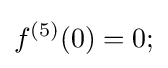
f^{(5)}(0)=0;